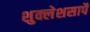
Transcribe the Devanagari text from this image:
शुक्लेशसापै